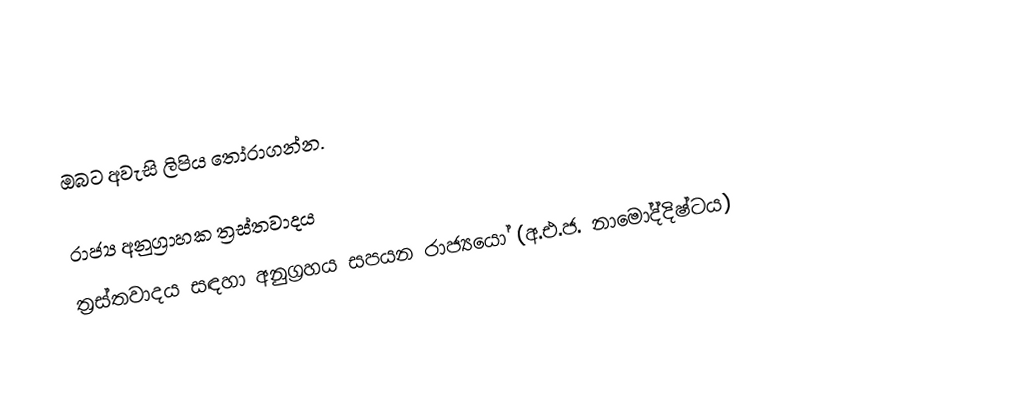
ඔබට අවැසි ලිපිය තෝරාගන්න.

 රාජ්‍ය අනුග්‍රාහක ත්‍රස්තවාදය
 ත්‍රස්තවාදය සඳහා අනුග්‍රහය සපයන රාජ්‍යයෝ (අ.එ.ජ. නාමෝද්දිෂ්ටය)